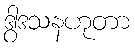
ဒွါဒသနဟုတာ